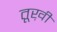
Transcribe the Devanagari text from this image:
तूख़ी